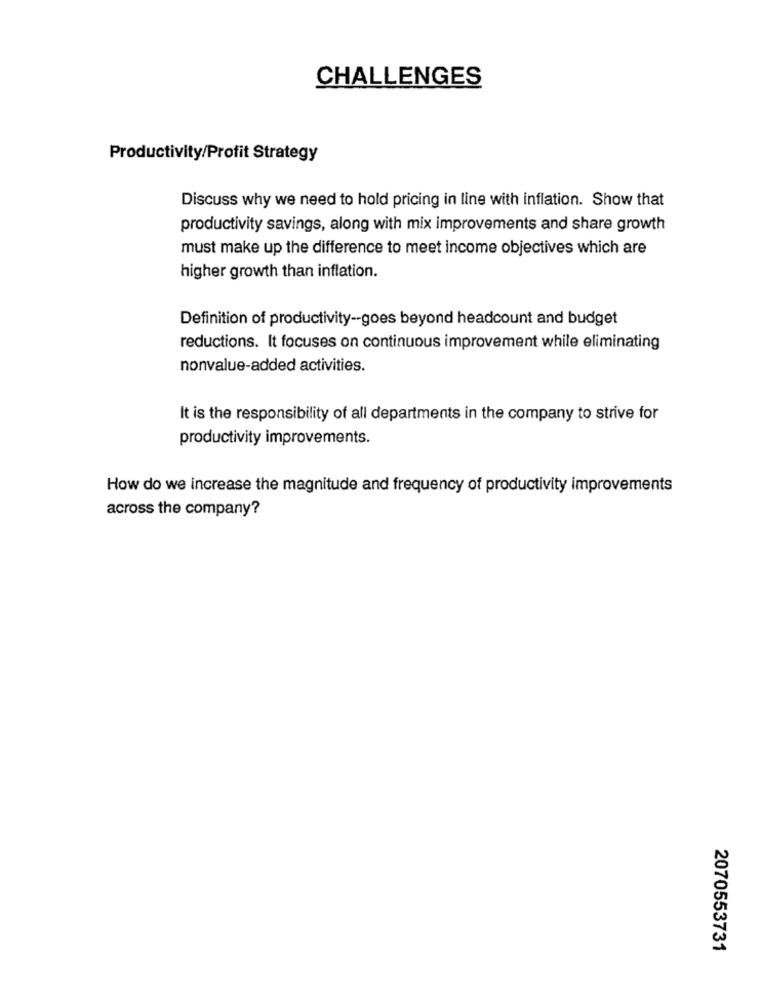
CHALLENGES
Productivity/Profit Strategy
Discuss why we need to hold pricing in line with inflation. Show that
productivity savings, along with mix improvements and share growth
must make up the difference to meet income objectives which are
higher growth than inflation.
Definition of productivity -- goes beyond headcount and budget
reductions. It focuses on continuous improvement while eliminating
nonvalue-added activities.
It is the responsibility of all departments in the company to strive for
productivity improvements.
How do we increase the magnitude and frequency of productivity improvements
across the company?
2070553731